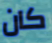
كان